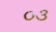
૦૩